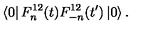
\left\langle 0 \right| F _ { n } ^ { 1 2 } ( t ) F _ { - n } ^ { 1 2 } ( t ^ { \prime } ) \left| 0 \right\rangle .